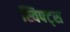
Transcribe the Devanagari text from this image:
स्विफ्ट्स